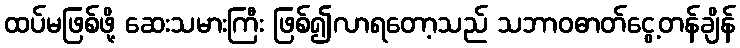
ထပ်မဖြစ်ဖို့ ဆေးသမားကြီး ဖြစ်၍လာရတော့သည် သဘာဝဓာတ်ငွေ့တန်ချိန်